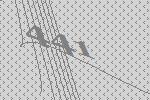
441